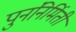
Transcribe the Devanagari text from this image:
पुनंनिर्मिती